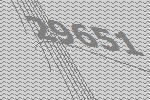
29651